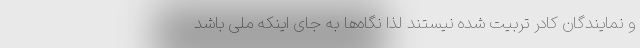
و نمایندگان کادر تربیت شده نیستند لذا نگاه‌ها به جای اینکه ملی باشد